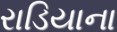
રાડિયાના